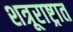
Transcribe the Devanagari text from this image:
शत्रूराष्ट्रात